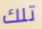
تلك